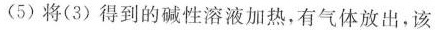
(5)将(3)得到的碱性溶液加热，有气体放出，该